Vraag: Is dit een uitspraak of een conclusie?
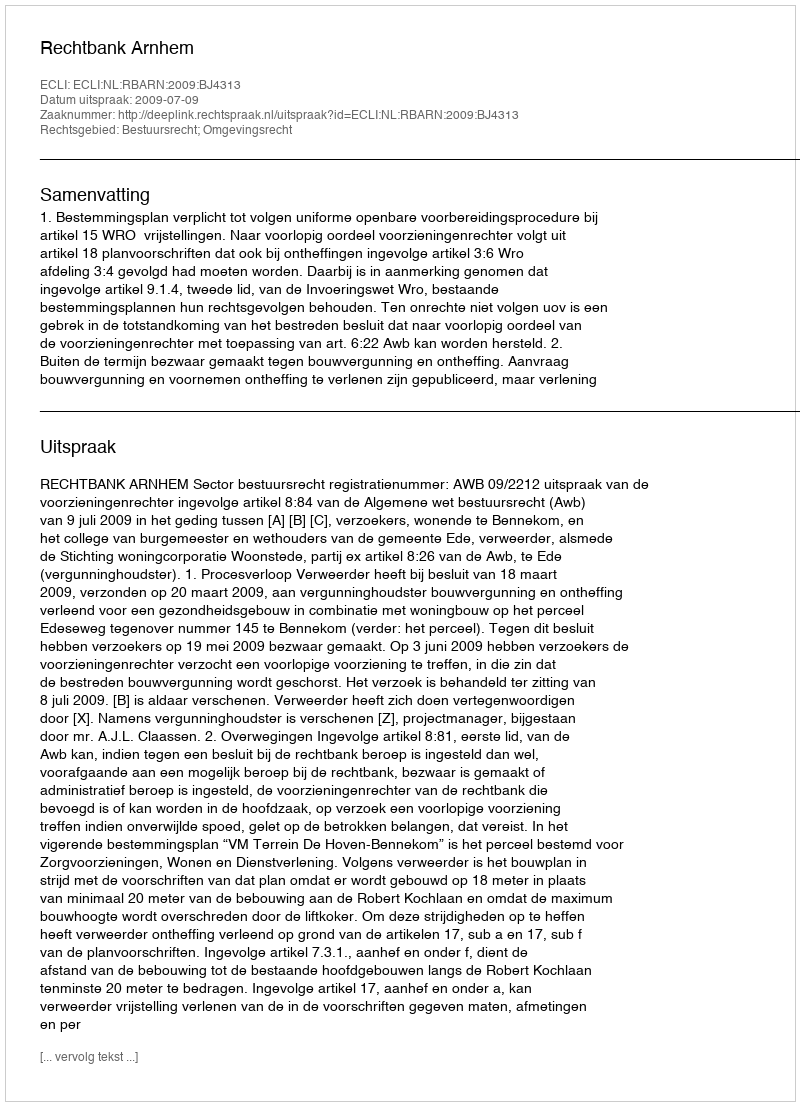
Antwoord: Uitspraak